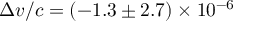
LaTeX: \Delta v / c = ( - 1 . 3 \pm 2 . 7 ) \times 1 0 ^ { - 6 }